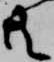
共